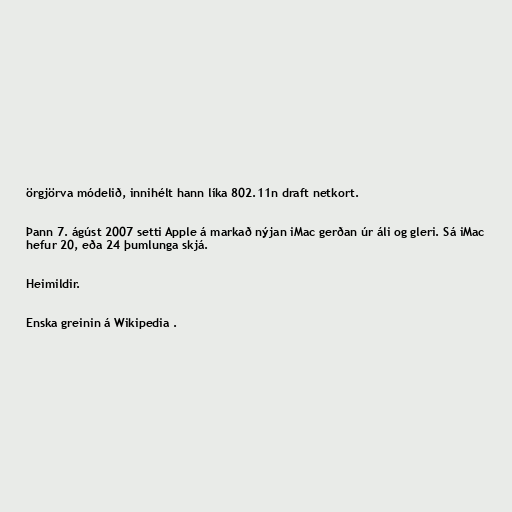
örgjörva módelið, innihélt hann líka 802.11n draft netkort.

Þann 7. ágúst 2007 setti Apple á markað nýjan iMac gerðan úr áli og gleri. Sá iMac
hefur 20, eða 24 þumlunga skjá.

Heimildir.

Enska greinin á Wikipedia .